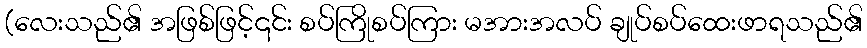
(လေးသည်၏ အဖြစ်ဖြင့်၎င်း စပ်ကြိုစပ်ကြား မအားအလပ် ချုပ်စပ်ထေးဖာရသည်၏